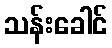
သန်းခေါင်